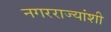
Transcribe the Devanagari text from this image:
नगरराज्यांशी